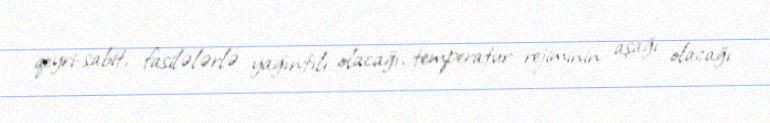
qeyri-sabit, fasilələrlə yağıntılı olacağı, temperatur rejiminin aşağı olacağı